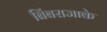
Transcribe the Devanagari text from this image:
बिंबराजाके